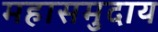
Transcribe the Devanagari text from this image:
महासमुदाय